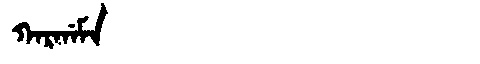
Manchu: ᡴᠠᡵᡤᠠᠮᠠ
Romanization: KARGAMA